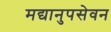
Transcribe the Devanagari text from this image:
मद्यानुपसेवन